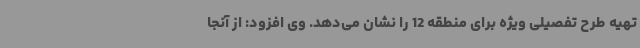
تهیه طرح تفصیلی ویژه برای منطقه 12 را نشان می‌دهد. وی افزود: از آنجا